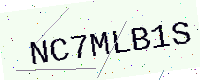
Text: NC7MLB1S